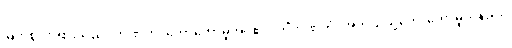
မြတ်စွာဘုရားသည်။ ဘဏိတံ၊ ဟောတော်မူအပ်၏။ ကိံဘဏိတံ၊ အဘယ်သို့ဟောတော်မူသနည်း။